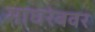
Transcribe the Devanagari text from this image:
माघरेबवर